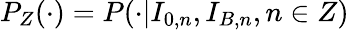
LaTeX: P_{Z}(\cdot)=P(\cdot|I_{0,n},I_{B,n},n\in Z)